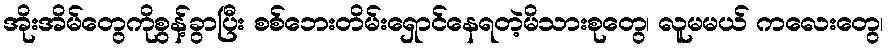
အိုးအိမ်တွေကိုစွန့်ခွာပြီး စစ်ဘေးတိမ်းရှောင်နေရတဲ့မိသားစုတွေ၊ လူမမယ် ကလေးတွေ၊